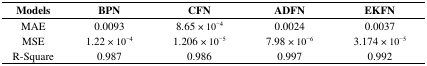
| Models | BPN | CFN | ADFN | EKFN |
 | --- | --- | --- | --- | --- |
 | MAE | 0.0093 | 8.65 × 10−4 | 0.0024 | 0.0037 |
 | MSE | 1.22 × 10−4 | 1.206 × 10−5 | 7.98 × 10−6 | 3.174 × 10−5 |
 | R-Square | 0.987 | 0.986 | 0.997 | 0.992 |